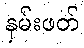
နှမ်းဖတ်